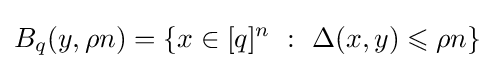
B_{q}(y,\rho n)=\left\{x\in [q]^{n}\ :\ \Delta (x,y)\leqslant \rho n\right\}